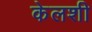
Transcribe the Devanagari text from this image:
केलशी